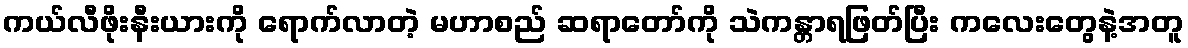
ကယ်လီဖိုးနီးယားကို ရောက်လာတဲ့ မဟာစည် ဆရာတော်ကို သဲကန္တာရဖြတ်ပြီး ကလေးတွေနဲ့အတူ